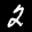
Label: 2